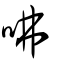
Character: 咈